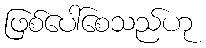
ဖြစ်ပေါ်စေသည်ဟု